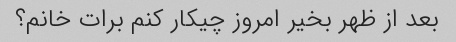
بعد از ظهر بخیر امروز چیکار کنم برات خانم؟